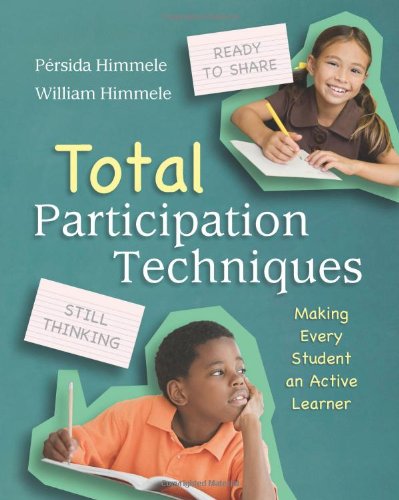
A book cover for Total Participation Techniques: Making Every Student an Active Learner; Persida Himmele; Business & Money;